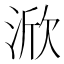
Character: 𱦷